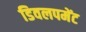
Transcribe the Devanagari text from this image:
डिवलपमेंट